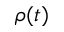
\rho ( t )